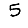
Digit: 5